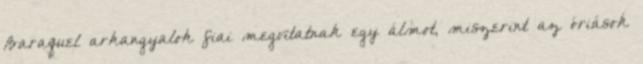
Baraquel arkangyalok fiai megvitatnak egy álmot, miszerint az óriások